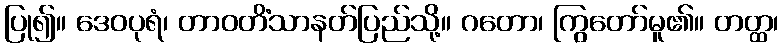
ပြု၍။ ဒေဝပုရံ၊ တာဝတိံသာနတ်ပြည်သို့။ ဂတော၊ ကြွတော်မူ၏။ တတ္ထ၊